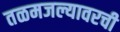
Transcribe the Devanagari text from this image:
तळमजल्यावरची